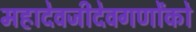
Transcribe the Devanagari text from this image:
महादेवजीदेवगणोंको